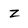
Character: z